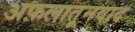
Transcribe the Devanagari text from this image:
अफ़लातूनवाद